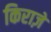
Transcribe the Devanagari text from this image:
किराज़े